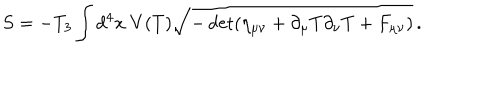
S = - T _ { 3 } \int d ^ { 4 } x \; V ( T ) \sqrt { - \det ( \eta _ { \mu \nu } + \partial _ { \mu } T \partial _ { \nu } T + F _ { \mu \nu } ) } \, .